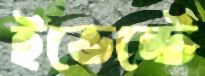
ইভেন্টে